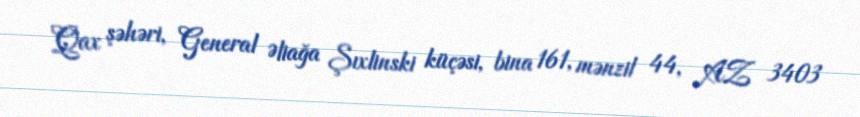
Qax şəhəri, General Əliağa Şıxlinski küçəsi, bina 161, mənzil 44, AZ 3403